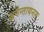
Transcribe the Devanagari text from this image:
अनन्तायनम